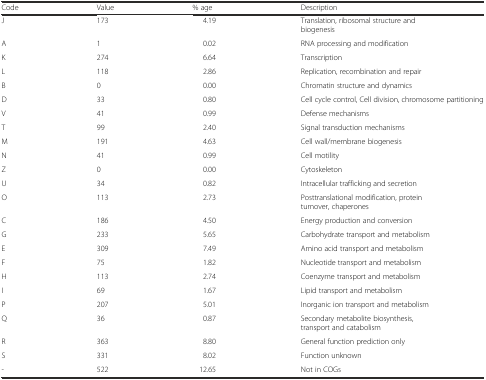
<table><thead><tr><td><b>Code</b></td><td><b>Value</b></td><td><b>% age</b></td><td><b>Description</b></td></tr></thead><tbody><tr><td>J</td><td>173</td><td>4.19</td><td>Translation, ribosomal structure and biogenesis</td></tr><tr><td>A</td><td>1</td><td>0.02</td><td>RNA processing and modification</td></tr><tr><td>K</td><td>274</td><td>6.64</td><td>Transcription</td></tr><tr><td>L</td><td>118</td><td>2.86</td><td>Replication, recombination and repair</td></tr><tr><td>B</td><td>0</td><td>0.00</td><td>Chromatin structure and dynamics</td></tr><tr><td>D</td><td>33</td><td>0.80</td><td>Cell cycle control, Cell division, chromosome partitioning</td></tr><tr><td>V</td><td>41</td><td>0.99</td><td>Defense mechanisms</td></tr><tr><td>T</td><td>99</td><td>2.40</td><td>Signal transduction mechanisms</td></tr><tr><td>M</td><td>191</td><td>4.63</td><td>Cell wall/membrane biogenesis</td></tr><tr><td>N</td><td>41</td><td>0.99</td><td>Cell motility</td></tr><tr><td>Z</td><td>0</td><td>0.00</td><td>Cytoskeleton</td></tr><tr><td>U</td><td>34</td><td>0.82</td><td>Intracellular trafficking and secretion</td></tr><tr><td>O</td><td>113</td><td>2.73</td><td>Posttranslational modification, protein turnover, chaperones</td></tr><tr><td>C</td><td>186</td><td>4.50</td><td>Energy production and conversion</td></tr><tr><td>G</td><td>233</td><td>5.65</td><td>Carbohydrate transport and metabolism</td></tr><tr><td>E</td><td>309</td><td>7.49</td><td>Amino acid transport and metabolism</td></tr><tr><td>F</td><td>75</td><td>1.82</td><td>Nucleotide transport and metabolism</td></tr><tr><td>H</td><td>113</td><td>2.74</td><td>Coenzyme transport and metabolism</td></tr><tr><td>I</td><td>69</td><td>1.67</td><td>Lipid transport and metabolism</td></tr><tr><td>P</td><td>207</td><td>5.01</td><td>Inorganic ion transport and metabolism</td></tr><tr><td>Q</td><td>36</td><td>0.87</td><td>Secondary metabolite biosynthesis, transport and catabolism</td></tr><tr><td>R</td><td>363</td><td>8.80</td><td>General function prediction only</td></tr><tr><td>S</td><td>331</td><td>8.02</td><td>Function unknown</td></tr><tr><td>-</td><td>522</td><td>12.65</td><td>Not in COGs</td></tr></tbody></table>